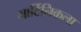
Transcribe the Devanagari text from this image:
मार्टिनिकला